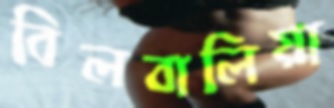
বিলবালিয়া